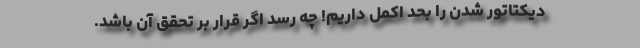
ديكتاتور شدن را بحد اكمل داریم! چه رسد اگر قرار بر تحقق آن باشد.